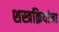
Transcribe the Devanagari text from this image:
शस्त्रक्रियांना